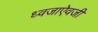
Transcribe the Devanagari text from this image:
ध्वजाऐवजी